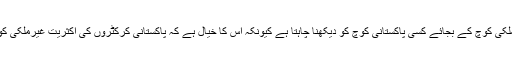
پاکستان کرکٹ بورڈ میں ایک حلقہ ایسا بھی ہے جو غیرملکی کوچ کے بجائے کسی پاکستانی کوچ کو دیکھنا چاہتا ہے کیونکہ اس کا خیال ہے کہ پاکستانی کرکٹروں کی اکثریت غیرملکی کوچ کی انگریزی اور لہجہ سمجھنے سے قاصر رہتی ہے۔